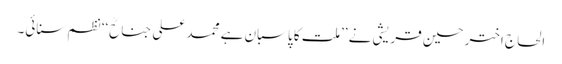
الحاج اختر حسین قریشی نے ’’ملت کا پاسبان ہے محمد علی جناحؒ‘‘ نظم سنائی۔